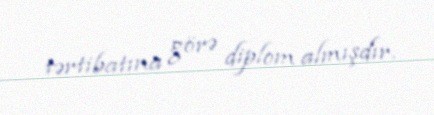
tərtibatına görə diplom almışdır.